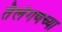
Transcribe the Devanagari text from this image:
तेलंगणच्या